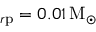
_ { r \mathrm { p } } = 0 . 0 1 \, \mathrm { M _ { \odot } }